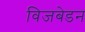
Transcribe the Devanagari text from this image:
विजबेडन